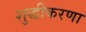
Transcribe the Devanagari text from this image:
शुद्धीकरणा